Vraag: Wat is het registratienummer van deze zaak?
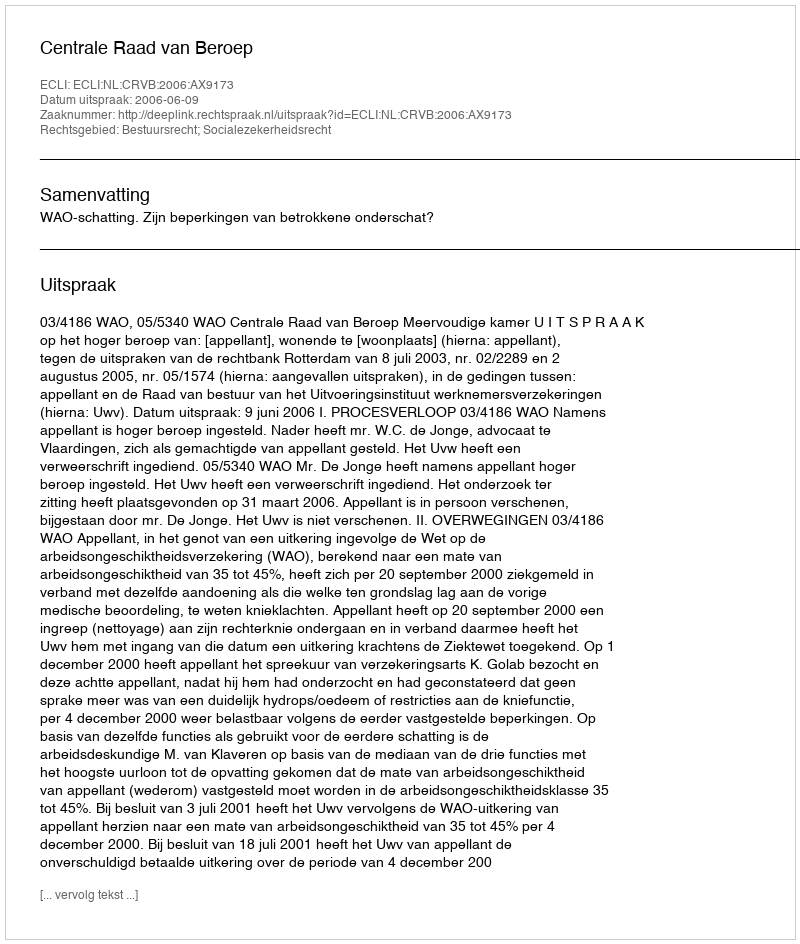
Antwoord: http://deeplink.rechtspraak.nl/uitspraak?id=ECLI:NL:CRVB:2006:AX9173